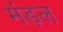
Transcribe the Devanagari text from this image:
मंड़ल